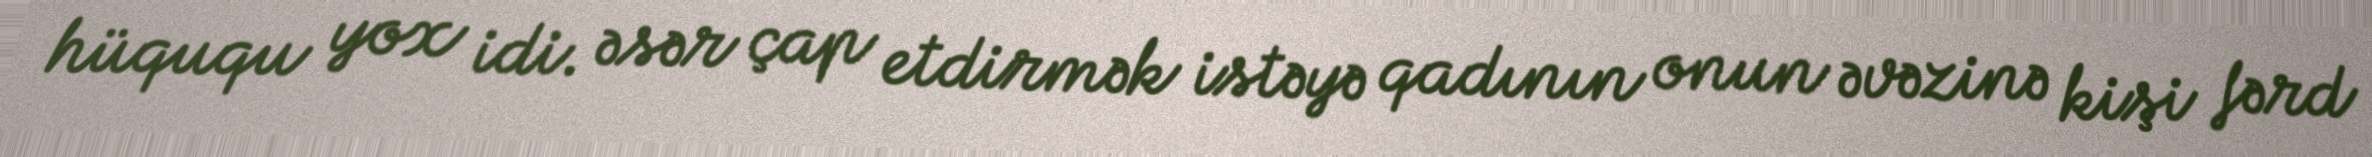
hüququ yox idi. əsər çap etdirmək istəyə qadının onun əvəzinə kişi fərd